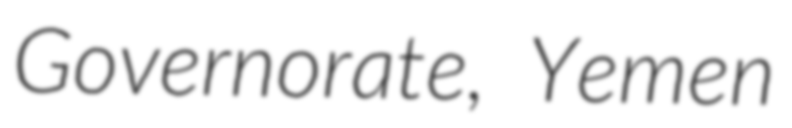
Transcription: Governorate, Yemen